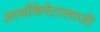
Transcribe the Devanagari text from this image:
आर्थोकेरेटालाजी